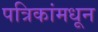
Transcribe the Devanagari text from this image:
पत्रिकांमधून